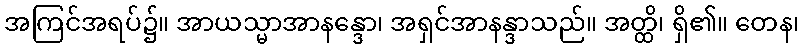
အကြင်အရပ်၌။ အာယသ္မာအာနန္ဒော၊ အရှင်အာနန္ဒာသည်။ အတ္ထိ၊ ရှိ၏။ တေန၊